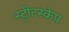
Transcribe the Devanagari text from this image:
स्ट्रीटस्केप